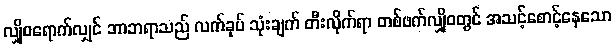
လျှိုဝရောက်လျှင် ဘာဘရာသည် လက်ခုပ် သုံးချက် တီးလိုက်ရာ တစ်ဖက်လျှိုဝတွင် အသင့်စောင့်နေသော